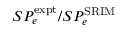
S P _ { e } ^ { \mathrm { e x p t } } / S P _ { e } ^ { \mathrm { S R I M } }